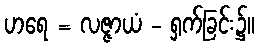
ဟရေ = လဇ္ဇာယံ - ရှက်ခြင်း၌။